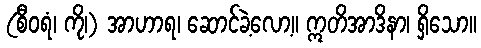
(စီဝရံ၊ ကို၊) အာဟာရ၊ ဆောင်ခဲ့လော့။ ဣတိအာဒိနာ၊ ရှိသော။